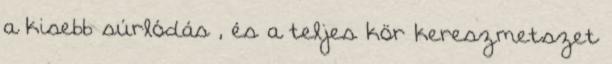
a kisebb súrlódás , és a teljes kör kereszmetszet